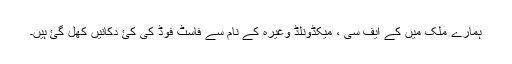
ہمارے ملک میں کے ایف سی ، میکڈونلڈ وغیرہ کے نام سے فاسٹ فوڈ کی کئ دکانیں کھل گئ ہیں۔